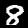
Digit: 8